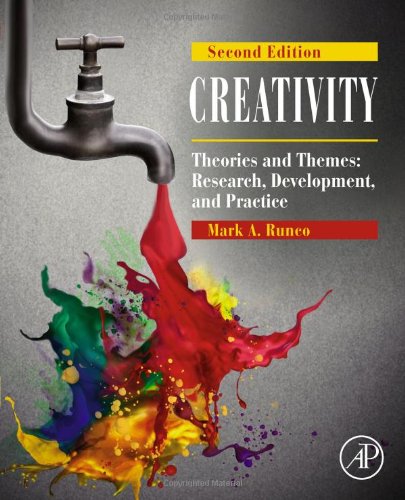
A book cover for Creativity, Second Edition: Theories and Themes: Research, Development, and Practice; Mark A. Runco; Medical Books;